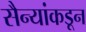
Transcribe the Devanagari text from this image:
सैन्यांकडून